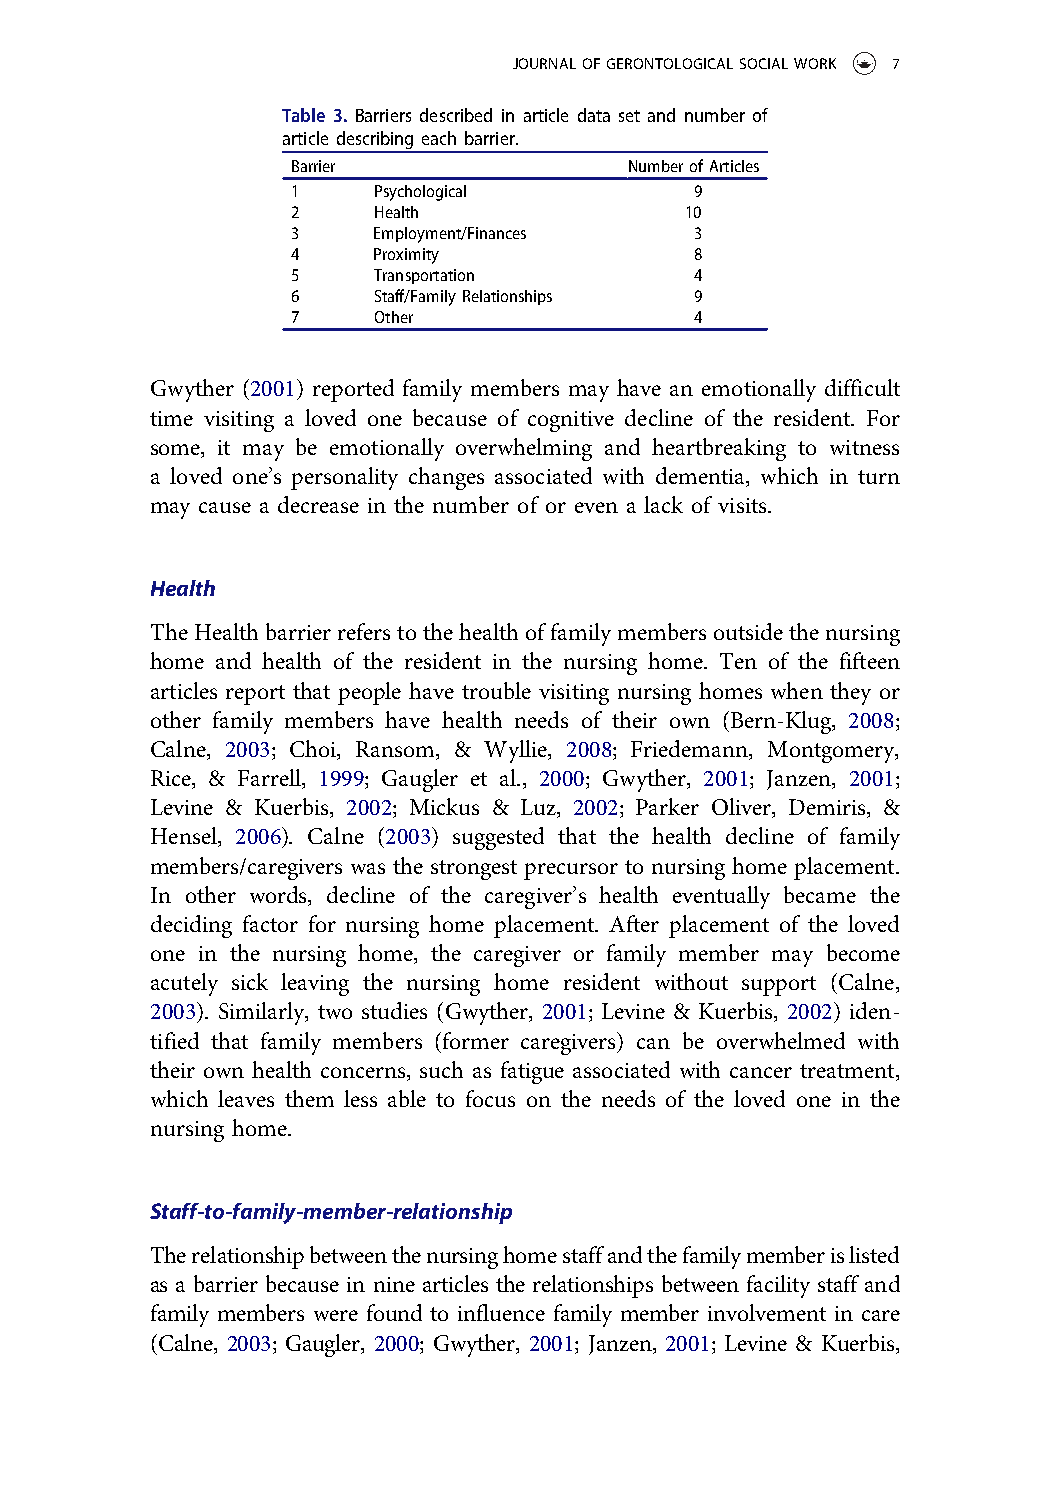
JOURNALOFGERONTOLOGICALSOCIALWORK 7
 Table 3. Barriers described in article data set and number of
 article describing each barrier.
 Barrier                NumberofArticles
 1     Psychological        9
 2     Health              10
 3     Employment/Finances  3
 4     Proximity            8
 5     Transportation       4
 6     Staff/FamilyRelationships 9
 7     Other                4
 Gwyther (2001) reported family members may have an emotionally difficult
 time visiting a loved one because of cognitive decline of the resident. For
 some, it may be emotionally overwhelming and heartbreaking to witness
 a loved one’s personality changes associated with dementia, which in turn
 may cause a decrease in the number of or even a lack of visits.
 Health
 TheHealthbarrierreferstothehealthoffamilymembersoutsidethenursing
 home and health of the resident in the nursing home. Ten of the fifteen
 articles report that people have trouble visiting nursing homes when they or
 other family members have health needs of their own (Bern-Klug, 2008;
 Calne, 2003; Choi, Ransom, & Wyllie, 2008; Friedemann, Montgomery,
 Rice, & Farrell, 1999; Gaugler et al., 2000; Gwyther, 2001; Janzen, 2001;
 Levine & Kuerbis, 2002; Mickus & Luz, 2002; Parker Oliver, Demiris, &
 Hensel, 2006). Calne (2003) suggested that the health decline of family
 members/caregivers was the strongest precursor to nursing home placement.
 In other words, decline of the caregiver’s health eventually became the
 deciding factor for nursing home placement. After placement of the loved
 one in the nursing home, the caregiver or family member may become
 acutely sick leaving the nursing home resident without support (Calne,
 2003). Similarly, two studies (Gwyther, 2001; Levine & Kuerbis, 2002) iden-
 tified that family members (former caregivers) can be overwhelmed with
 their own health concerns, such as fatigue associated with cancer treatment,
 which leaves them less able to focus on the needs of the loved one in the
 nursing home.
 Staff-to-family-member-relationship
 Therelationshipbetweenthenursinghomestaffandthefamilymemberislisted
 as a barrier because in nine articles the relationships between facility staff and
 family members were found to influence family member involvement in care
 (Calne, 2003; Gaugler, 2000; Gwyther, 2001; Janzen, 2001; Levine & Kuerbis,